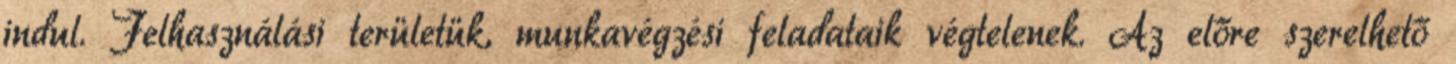
indul. Felhasználási területük, munkavégzési feladataik végtelenek. Az előre szerelhető